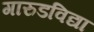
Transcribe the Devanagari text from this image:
गारुडविद्या